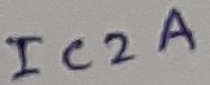
Text: IC2A